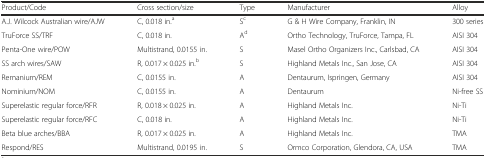
<table><thead><tr><td><b>Product/Code</b></td><td><b>Cross section/size</b></td><td><b>Type</b></td><td><b>Manufacturer</b></td><td><b>Alloy</b></td></tr></thead><tbody><tr><td>A.J. Wilcock Australian wire/AJW</td><td>C, 0.018 in.<sup>a</sup></td><td>S<sup>c</sup></td><td>G &amp; H Wire Company, Franklin, IN</td><td>300 series</td></tr><tr><td>TruForce SS/TRF</td><td>C, 0.018 in.</td><td>A<sup>d</sup></td><td>Ortho Technology, TruForce, Tampa, FL</td><td>AISI 304</td></tr><tr><td>Penta-One wire/POW</td><td>Multistrand, 0.0155 in.</td><td>S</td><td>Masel Ortho Organizers Inc., Carlsbad, CA</td><td>AISI 304</td></tr><tr><td>SS arch wires/SAW</td><td>R, 0.017 × 0.025 in.<sup>b</sup></td><td>S</td><td>Highland Metals Inc., San Jose, CA</td><td>AISI 304</td></tr><tr><td>Remanium/REM</td><td>C, 0.0155 in.</td><td>A</td><td>Dentaurum, Ispringen, Germany</td><td>AISI 304</td></tr><tr><td>Nominium/NOM</td><td>C, 0.0155 in.</td><td>A</td><td>Dentaurum</td><td>Ni-free SS</td></tr><tr><td>Superelastic regular force/RFR</td><td>R, 0.018 × 0.025 in.</td><td>A</td><td>Highland Metals Inc.</td><td>Ni-Ti</td></tr><tr><td>Superelastic regular force/RFC</td><td>C, 0.018 in.</td><td>A</td><td>Highland Metals Inc.</td><td>Ni-Ti</td></tr><tr><td>Beta blue arches/BBA</td><td>R, 0.017 × 0.025 in.</td><td>A</td><td>Highland Metals Inc.</td><td>TMA</td></tr><tr><td>Respond/RES</td><td>Multistrand, 0.0195 in.</td><td>S</td><td>Ormco Corporation, Glendora, CA, USA</td><td>TMA</td></tr></tbody></table>